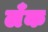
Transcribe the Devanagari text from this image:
लँक